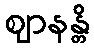
ဈာနန္တိ